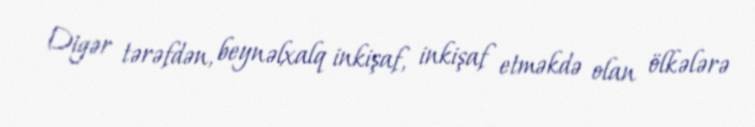
Digər tərəfdən, beynəlxalq inkişaf, inkişaf etməkdə olan ölkələrə